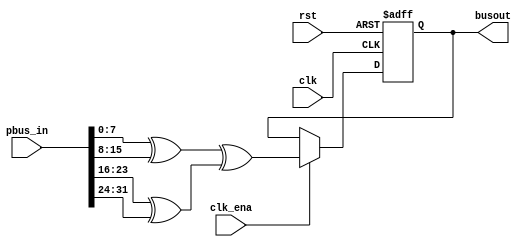
module pxor_4w21w(
  clk, rst, clk_ena,
  // datastream
  pbus_in,  //  
  // out
  busout
);
  parameter WIDTH = 8;  //   
  input clk, rst, clk_ena;
  input [4*WIDTH-1:0] pbus_in;
  // out
  output [WIDTH-1:0] busout;
  // local
  wire [WIDTH-1:0] out_tmp;
  reg [WIDTH-1:0] out_tmp_reg;
  // split
  
  // logic
  assign out_tmp = (pbus_in[WIDTH*1-1:WIDTH*0]^
                    pbus_in[WIDTH*2-1:WIDTH*1])^
                   (pbus_in[WIDTH*3-1:WIDTH*2]^
                    pbus_in[WIDTH*4-1:WIDTH*3]);
  always @(posedge clk or posedge rst) begin
    if(rst)
      out_tmp_reg <= 0;
    else if(clk_ena)
      out_tmp_reg <= out_tmp;
  end
  // out
  assign busout = out_tmp_reg;
endmodule